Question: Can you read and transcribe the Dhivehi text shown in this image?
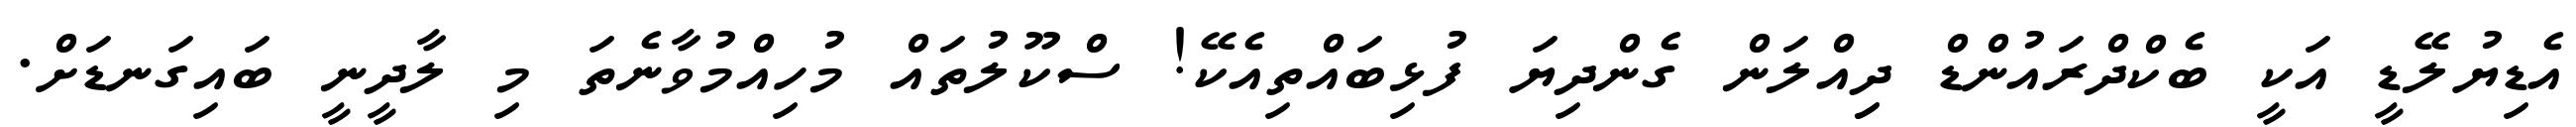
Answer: އެޑިޔުލޭޑީ އަކީ ބެކްދްރައުންޑް ދިިއްލަން ގެންދިޔަ ފުޅިބައްތިއެކޭ! ސްކޫލުތައް މުހިއްމުވާނެތަ މި ލާދީނީ ބައިގަނޑަށް.